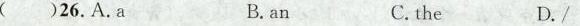
( )26.A.A B.an C.the D./